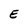
Character: E